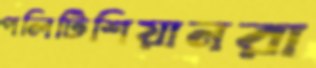
পলিটিশিয়ানরা